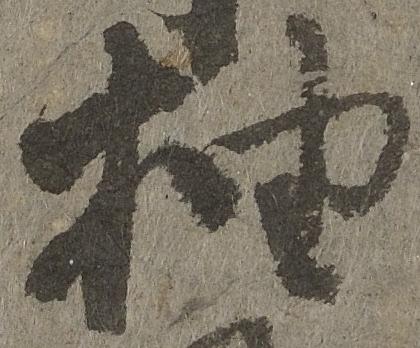
抽